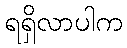
ရရှိလာပါက